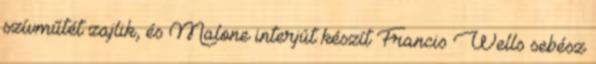
szívműtét zajlik, és Malone interjút készít Francis Wells sebész